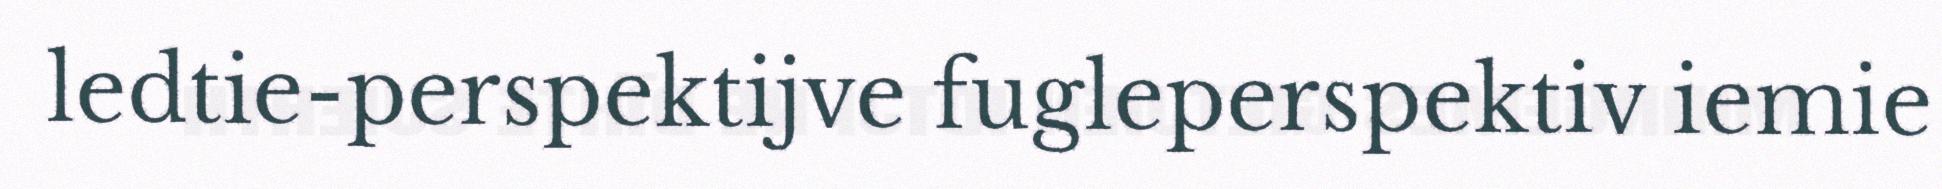
ledtie-perspektijve fugleperspektiv iemie